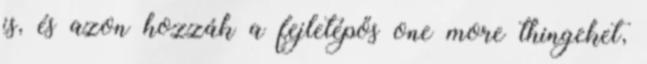
is, és azon hozzák a fejletépős one more thingeket,